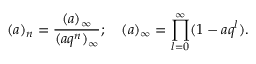
( a ) _ { n } = \frac { ( a ) _ { \infty } } { ( a q ^ { n } ) _ { \infty } } ; \quad ( a ) _ { \infty } = \prod _ { l = 0 } ^ { \infty } ( 1 - a q ^ { l } ) .